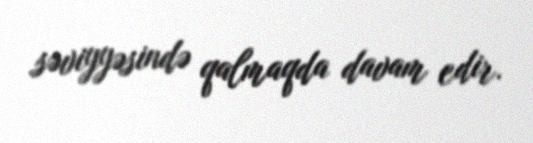
səviyyəsində qalmaqda davam edir.